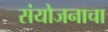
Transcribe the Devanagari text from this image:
संयोजनाचा